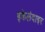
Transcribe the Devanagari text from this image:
इकेलंदाइर